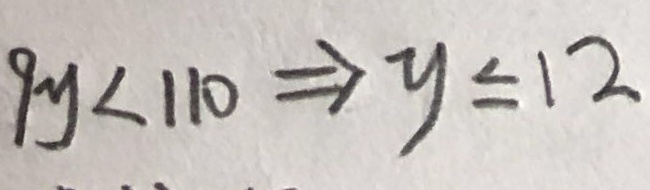
9 y < 1 1 0 \Rightarrow y \leq 1 2